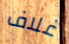
غلاف